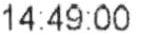
14:49:00